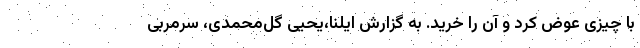
با چیزی عوض کرد و آن را خرید. به گزارش ایلنا،یحیی گل‌محمدی، سرمربی